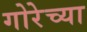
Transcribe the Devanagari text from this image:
गोरेच्या